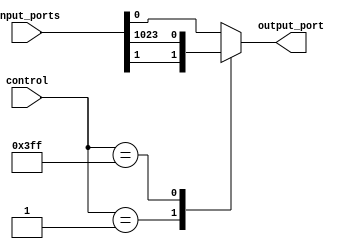
module multiplexer_1024_1 (
    input [1023:0] input_ports,
    input [9:0] control,
    output reg output_port
);

always @*
begin
    case (control)
        10'd0: output_port = input_ports[0];
        10'd1: output_port = input_ports[1];
        // Repeat for all 1024 input ports
        // e.g., 10'd1022: output_port = input_ports[1022];
        10'd1023: output_port = input_ports[1023];
        default: output_port = input_ports[0]; // Default to first input port if control value is invalid
    endcase
end

endmodule